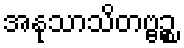
အနုသာသိတဗ္ဗဉ္စ